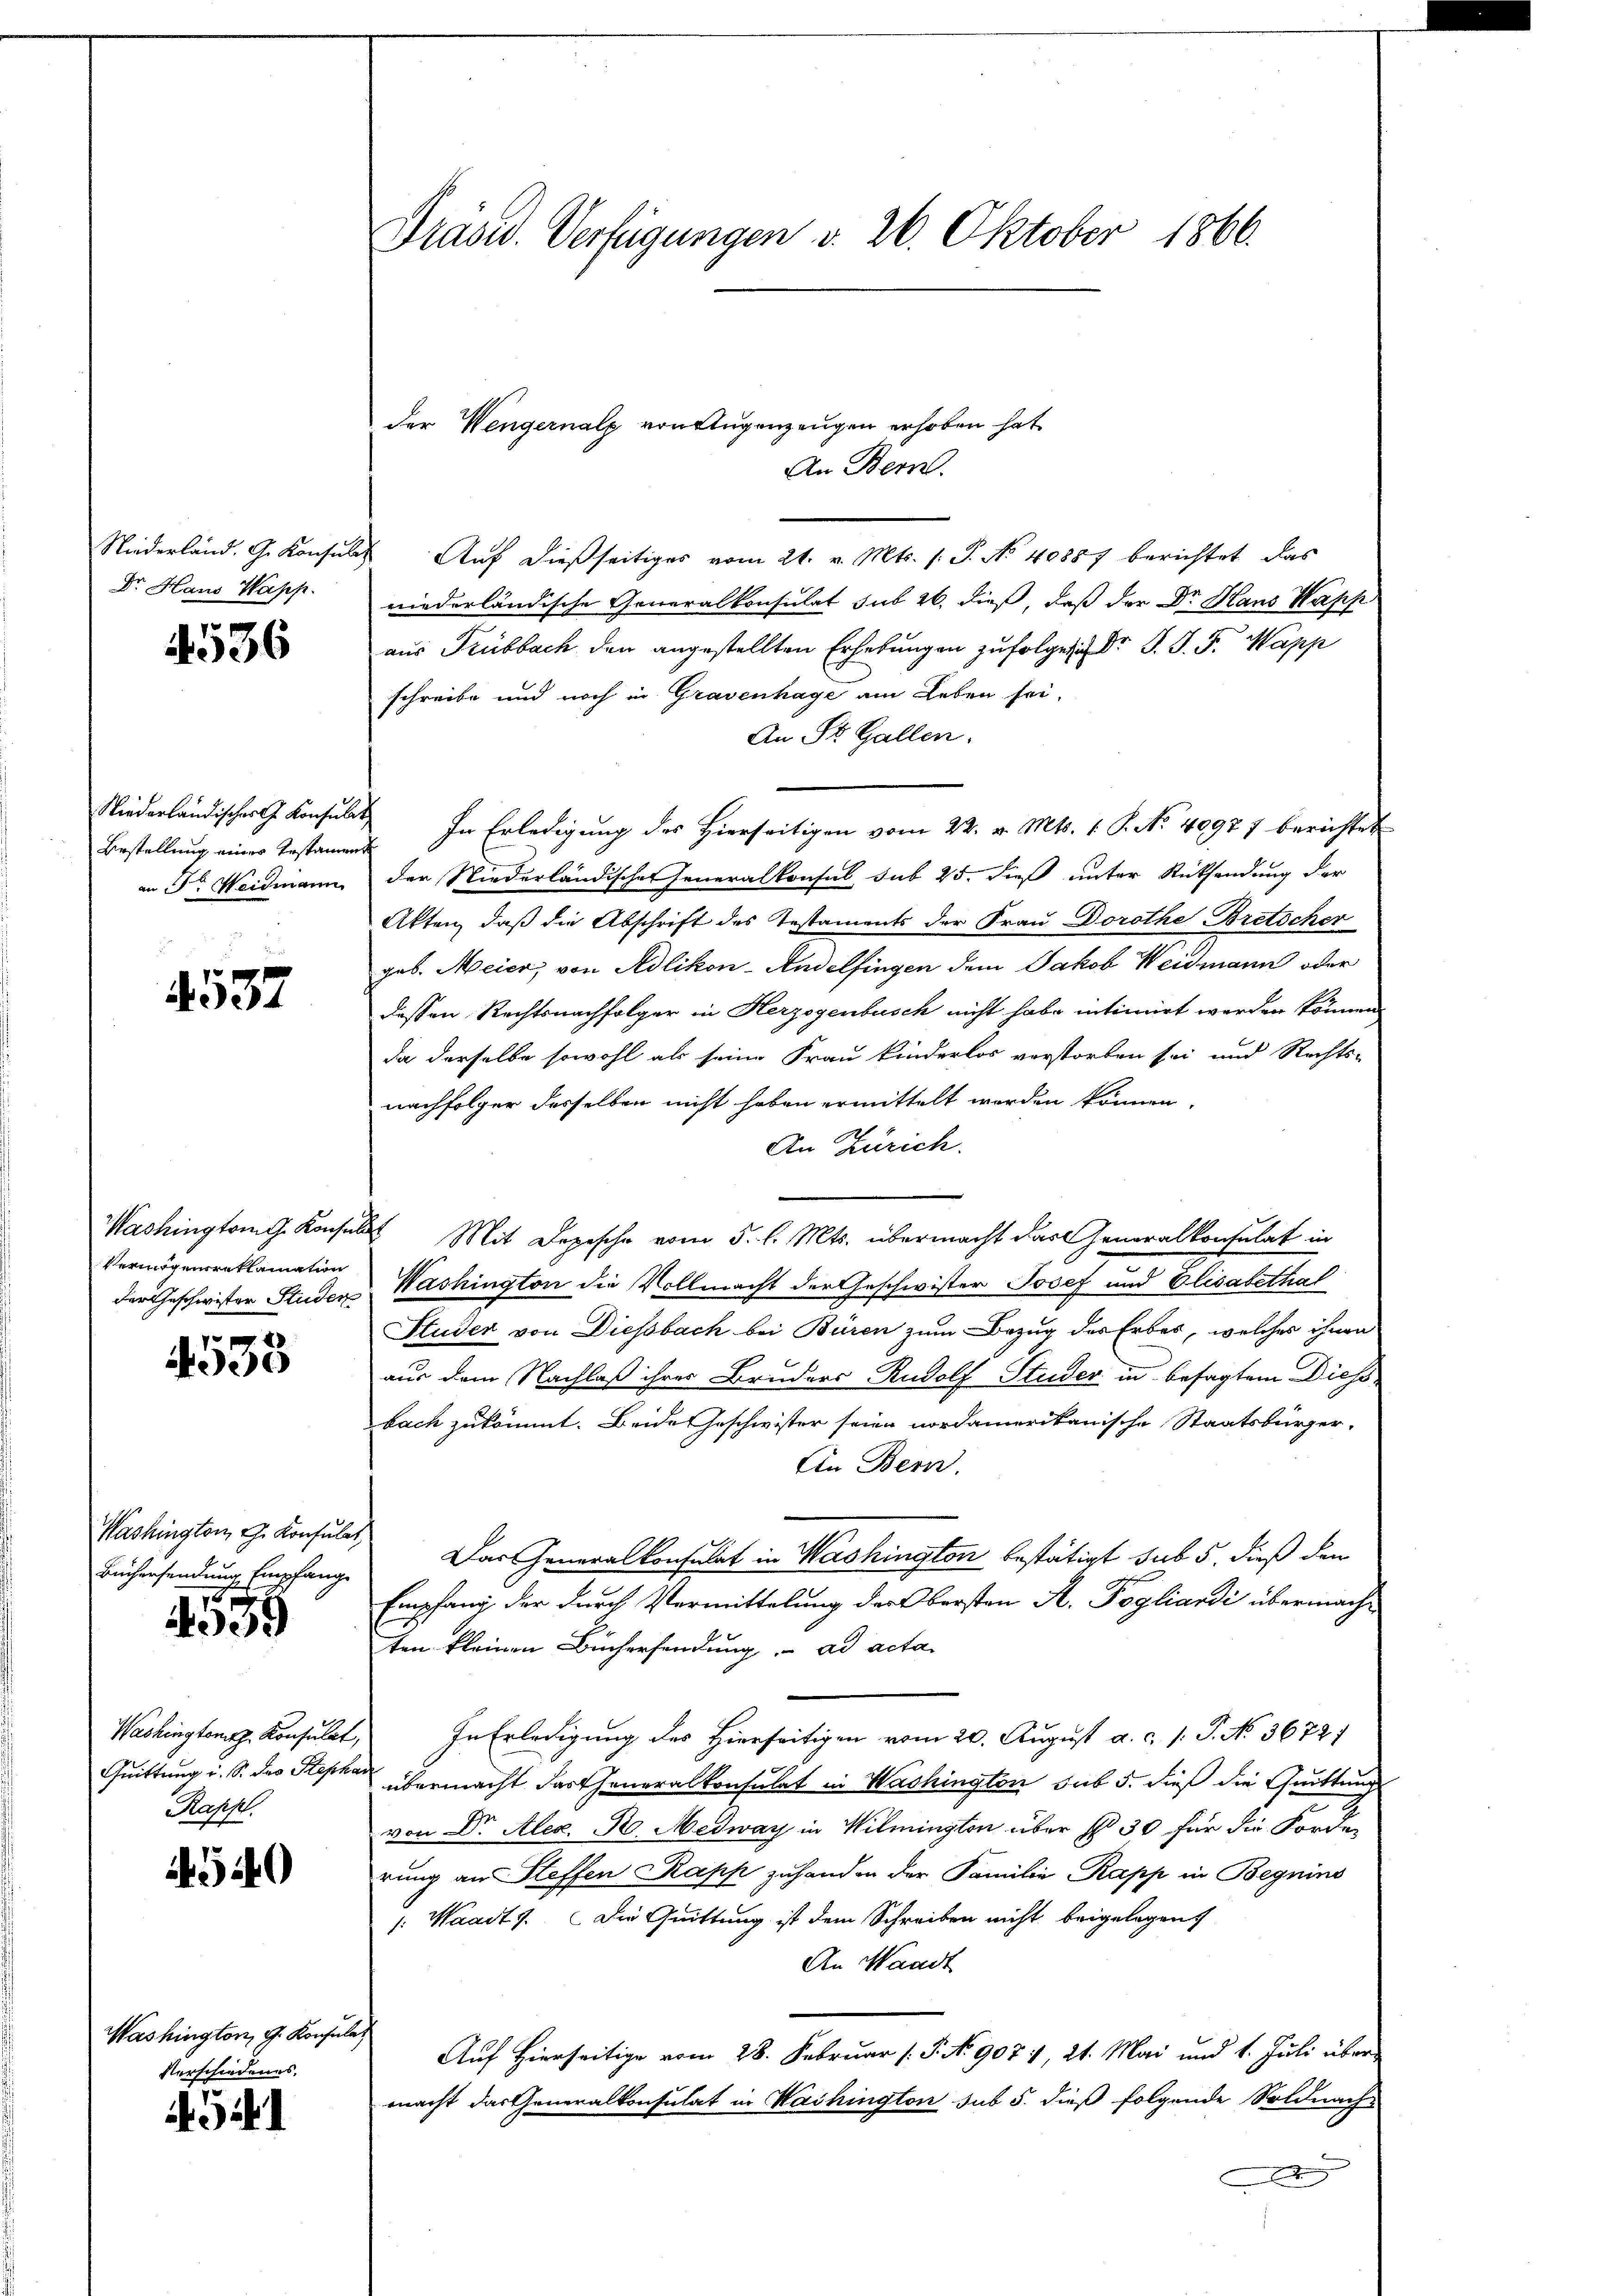
Niederland. G. Konsul
Dr. Haus Wapp

536

Niederländisches G. Konsulat
Bestellung eines Testamen
an Fr. Weidmann

4537

Washington Konsula
Vermögensreklamation
der Geschwister Studen

533

Washington J. Konsulat,
Büchersendung Empfange

599

Washingtont. Konsulat,
Quittung u. S. des Stepha
Rappl

4540

Washington G. Konsulat
Verschiedenes.

i. Gal

Präsid. Verfügungen v. 26. Oktober 1866.

der Wengernalp von Augenzeugen erhoben hat.
An Bern.
Auf dießseitiges vom 21. v. Mts. s. S. No 40887 berichtet, das
niederländische Generalkonsulat sub 20. dieß, daß der Dr. Haus Wapp
aus Trubbach den angestellten Erhebungen zufolge ich Dr J. J. F. Wapp
schreibe und noch in Gravenhage am Leben sei,
An St. Gallen.
In Erledigung des Hierseitigen vom 22. v. Mts. 1. P. No. 40971 berichtet
der Niederländischer Generalkonsul sub 25. dieß unter Rücksendung der
Akten, daß die Abschrift des Testaments der Frau Dorothe Bretscher
geb. Meier, von Adlikon-Andelfingen dem Jakob Weidmann oder
dessen Rechtsnachfolger in Herzogenbusch nicht habe intimirt worden können
da derselbe sowohl als seine Frau kinderlos verstorben sei und Rechts-
nachfolger desselben nicht haben ermittelt werden können.
An Zürich.
 Mit Depesche vom 5. l. Mts. übermacht das Generalkonsulat in
Washington die Vollmacht der Geschwister Josef und Elisabethat
Studer von Diessbach bei Büren zum Bezug des Erbes, welches ihnen
aus dem Nachlaß ihres Bruders Rudolf Studer in besagtem Diess-
bach zukommt. Beide Geschwister seien nordamerikanische Staatsbürger-
An Bern.
Das Generalkonsulat in Washington bestätigt sub 5, dieß den
Empfang der durch Vermittelung der Obersten A. Pogliandi übermachten kleinen Büchersendung. ad acta
In Erledigung des Hierseitigen vom 20. August a. c. 1. P. No 3672/
übermacht dartheneralkonsulat in Washington sub 5. dieß die Quittung
von Dr. Alex. H. Medway in Wilmingten über § 30 für die Forde
rung an Steffen Kapp zuhanden der Familie Kapp in Begnins
: Waadt 1. Die Quittung ist dem Schreiben nicht beigelegen
An Waadt
Auf hierseitige vom 28. Februar (S. No. 907 1, 21. Mai und 1. Juli über
macht das Generalkonsulat in Washington sub 5. dieß folgende Soldnach-